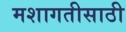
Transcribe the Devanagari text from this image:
मशागतीसाठी